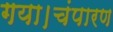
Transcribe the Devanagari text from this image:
गया।चंपारण